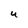
Character: U